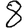
Digit: 8